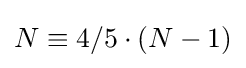
N\equiv 4/5\cdot (N-1)